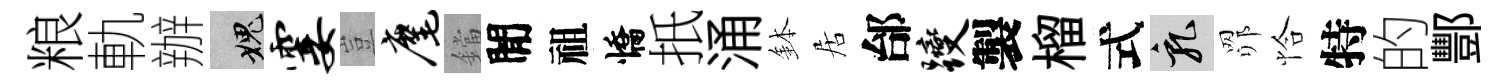
粮軌辦愧霎豈麾鐺閒祖憍扺涌鉢居邰躞製榴式乳𦊑恰特的酆